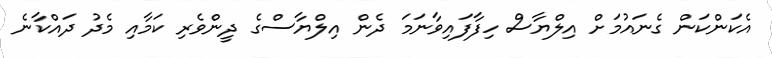
އެކަންކަން ގެނައުމަށް އިލްޔާސް ހިފާފައިވާނަމަ ދެން އިލްޔާސްގެ ދީންވެރި ކަމާއި މެދު ދައްކާނެ